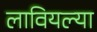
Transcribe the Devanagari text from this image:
लावियल्या